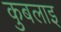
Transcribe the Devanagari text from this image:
कुबलाइ